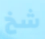
شخ